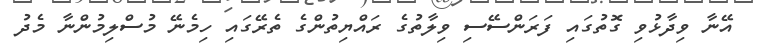
އޭނާ ވިދާޅުވި ގޮތުގައި ފަރަންސޭސި ވިލާތުގެ ރައްޔިތުންގެ ތެރޭގައި ހިމެނޭ މުސްލިމުންނާ މެދު